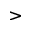
>